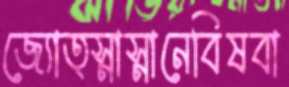
জ্যোত্স্নাস্নানেবিষবা